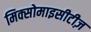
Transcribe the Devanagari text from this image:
मिक्सोमाइसीटीज़